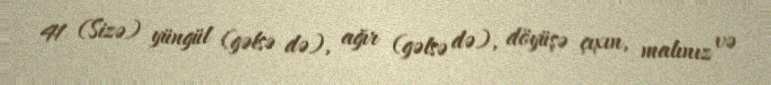
41 (Sizə) yüngül (gəlsə də), ağır (gəlsə də), döyüşə çıxın, malınız və